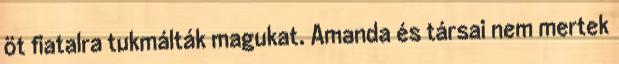
öt fiatalra tukmálták magukat. Amanda és társai nem mertek